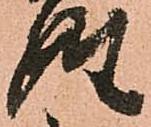
姓